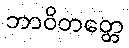
ဘာဝိတတ္တေ